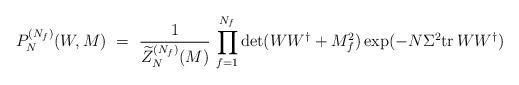
LaTeX: \begin{align*}P_N^{(N_f)}(W,M) \ = \ \frac{1}{\widetilde{Z}_N^{(N_f)}(M)} \, \prod_{f=1}^{N_f}\det(WW^\dagger+M_f^2) \exp(-N\Sigma^2{{\rm tr}\,} WW^\dagger)\end{align*}